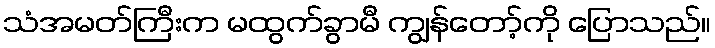
သံအမတ်ကြီးက မထွက်ခွာမီ ကျွန်တော့်ကို ပြောသည်။